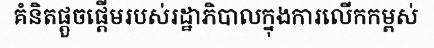
គំនិតផ្តួចផ្តើមរបស់រដ្ឋាភិបាលក្នុងការលើកកម្ពស់